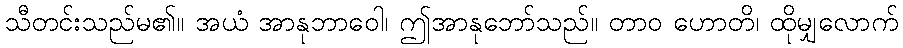
သီတင်းသည်မ၏။ အယံ အာနုဘာဝေါ၊ ဤအာနုဘော်သည်။ တာဝ ဟောတိ၊ ထိုမျှလောက်